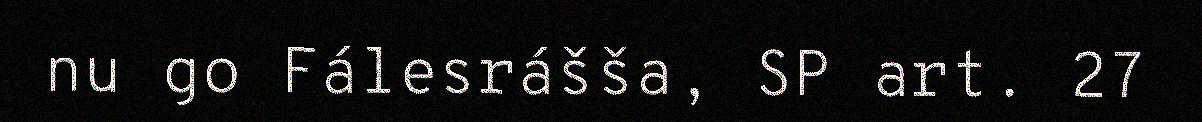
nu go Fálesrášša, SP art. 27